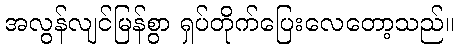
အလွန်လျင်မြန်စွာ ရှပ်တိုက်ပြေးလေတော့သည်။